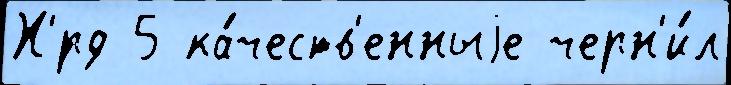
Х'́рд 5 ка́честв'енныjе черн'и́л